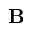
\mathbf { B }